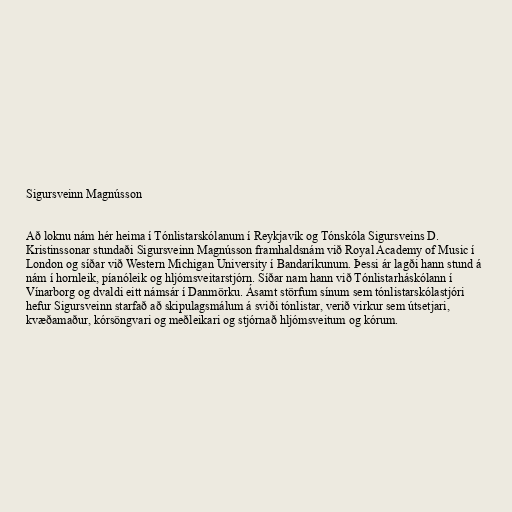
Sigursveinn Magnússon

Að loknu nám hér heima í Tónlistarskólanum í Reykjavík og Tónskóla Sigursveins D.
Kristinssonar stundaði Sigursveinn Magnússon framhaldsnám við Royal Academy of Music í
London og síðar við Western Michigan University í Bandaríkunum. Þessi ár lagði hann stund á
nám í hornleik, píanóleik og hljómsveitarstjórn. Síðar nam hann við Tónlistarháskólann í
Vínarborg og dvaldi eitt námsár í Danmörku. Ásamt störfum sínum sem tónlistarskólastjóri
hefur Sigursveinn starfað að skipulagsmálum á sviði tónlistar, verið virkur sem útsetjari,
kvæðamaður, kórsöngvari og meðleikari og stjórnað hljómsveitum og kórum.